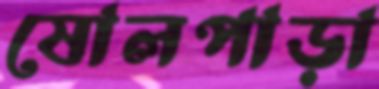
ষোলপাড়া